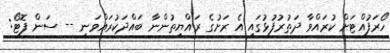
ހޯރަފުއްޓަށް ކުރައްވާ ދަތުރުފުޅުގައި އެ ރަށުގެ ރައްޔިތުންނާ ބައްދަކުރައްވަނީ -- ސަން ފޮޓޯ: